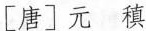
[唐]元稹